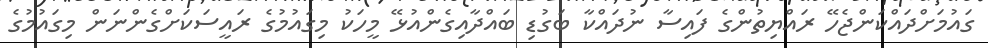
ގައުމަށްދައްކަންޖެހޭ ރައްޔިތުންގެ ފައިސާ ނުދައްކާ ބަގުޑި ބައްދާއިގެންއުޅޭ މީހަކު މިގައުމުގެ ރައީސަކަށްގެންނަން މިގައުމުގެ